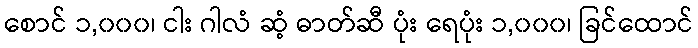
စောင် ၁,၀၀၀၊ ငါး ဂါလံ ဆံ့ ဓာတ်ဆီ ပုံး ရေပုံး ၁,၀၀၀၊ ခြင်ထောင်